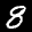
Label: 8